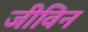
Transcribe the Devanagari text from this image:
जीविन